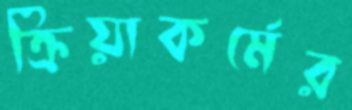
ক্রিয়াকর্মের